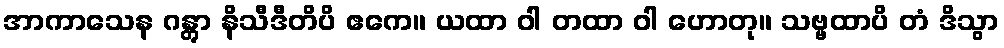
အာကာသေန ဂန္တွာ နိသီဒီတိပိ ဧကေ။ ယထာ ဝါ တထာ ဝါ ဟောတု။ သဗ္ဗထာပိ တံ ဒိသွာ